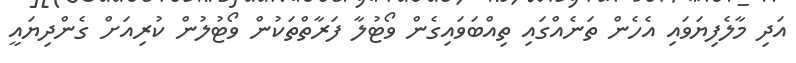
އަދި މާލެފިޔަވައި އެހެން ތަނެއްގައި ތިއްބަވައިގެން ވޯޓުލާ ފަރާތްތަކުން ވޯޓުލުން ކުރިއަށް ގެންދިޔައީ